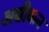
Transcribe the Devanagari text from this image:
अम्रीकन